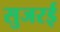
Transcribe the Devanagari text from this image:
सुजरई